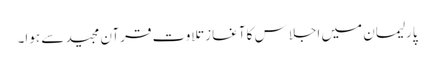
پارلیمان میں اجلاس کا آغاز تلاوت قرآن مجید سے ہوا۔